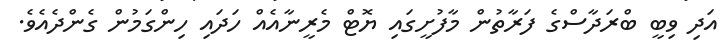
އަދި ވިބީ ބްރަދާސްގެ ފަރާތުން މާފުށީގައި ޔޮޓް މެރީނާއެއް ހަދައި ހިންގަމުން ގެންދެއެވެ.